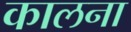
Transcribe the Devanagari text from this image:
कालना